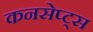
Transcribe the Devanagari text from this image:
कनसेप्ट्स